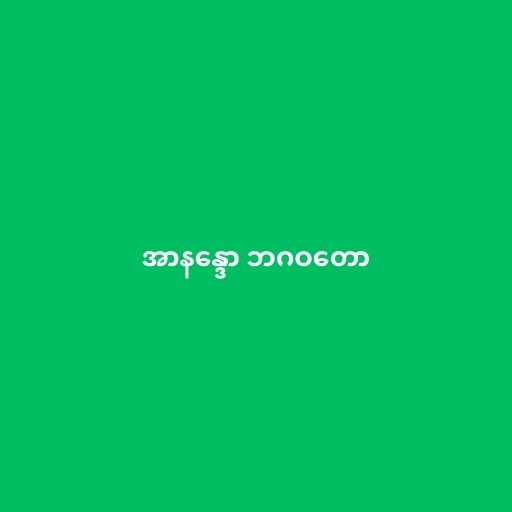
အာနန္ဒော ဘဂဝတော